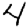
Digit: 4